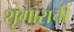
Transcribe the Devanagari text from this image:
शृंगाराची